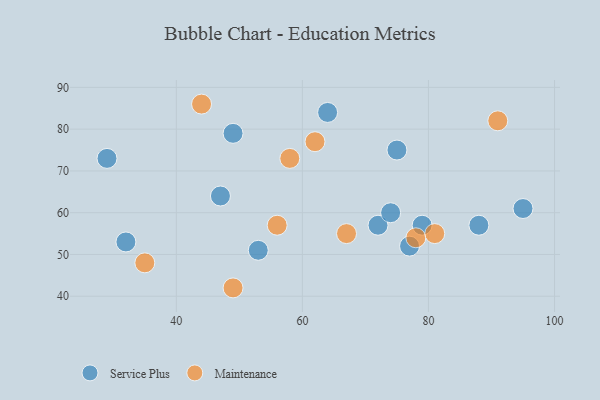
{"axis": {"x": "GDP", "y": "Life Expectancy"}, "legend": ["Maintenance", "Service Plus"], "data": [{"x": "29", "y": 73, "type": "Service Plus"}, {"x": "53", "y": 51, "type": "Service Plus"}, {"x": "88", "y": 57, "type": "Service Plus"}, {"x": "47", "y": 64, "type": "Service Plus"}, {"x": "32", "y": 53, "type": "Service Plus"}, {"x": "75", "y": 75, "type": "Service Plus"}, {"x": "95", "y": 61, "type": "Service Plus"}, {"x": "72", "y": 57, "type": "Service Plus"}, {"x": "77", "y": 52, "type": "Service Plus"}, {"x": "49", "y": 79, "type": "Service Plus"}, {"x": "74", "y": 60, "type": "Service Plus"}, {"x": "64", "y": 84, "type": "Service Plus"}, {"x": "79", "y": 57, "type": "Service Plus"}, {"x": "56", "y": 57, "type": "Maintenance"}, {"x": "44", "y": 86, "type": "Maintenance"}, {"x": "78", "y": 54, "type": "Maintenance"}, {"x": "35", "y": 48, "type": "Maintenance"}, {"x": "91", "y": 82, "type": "Maintenance"}, {"x": "67", "y": 55, "type": "Maintenance"}, {"x": "81", "y": 55, "type": "Maintenance"}, {"x": "49", "y": 42, "type": "Maintenance"}, {"x": "58", "y": 73, "type": "Maintenance"}, {"x": "62", "y": 77, "type": "Maintenance"}]}